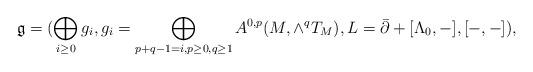
LaTeX: \begin{align*}\mathfrak{g}=(\bigoplus_{i\geq 0} g_i,g_i=\bigoplus_{p+q-1=i,p\geq 0, q\geq 1} A^{0,p}(M,\wedge^q T_M),L=\bar{\partial}+[\Lambda_0,-],[-,-]),\end{align*}